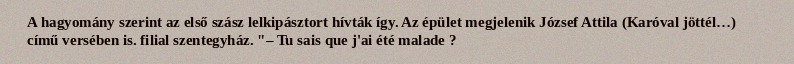
A hagyomány szerint az első szász lelkipásztort hívták így. Az épület megjelenik József Attila (Karóval jöttél…) című versében is. filial szentegyház. "– Tu sais que j'ai été malade ?